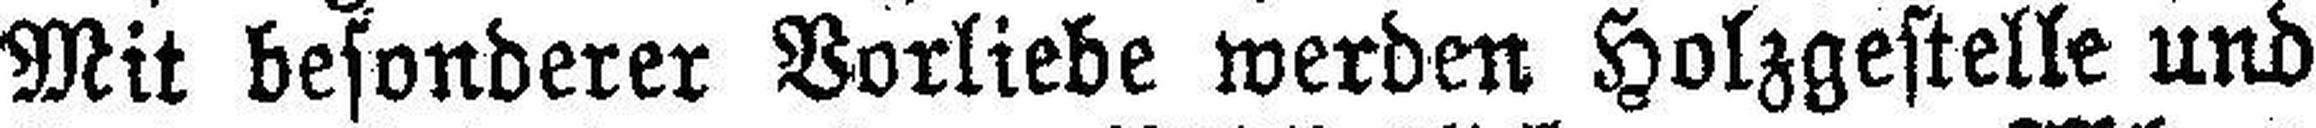
Mit besonderer Vorliebe werden Holzgestelle und